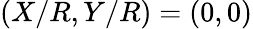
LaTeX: (X/R,Y/R)=(0,0)